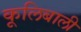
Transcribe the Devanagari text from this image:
कूलिबाली